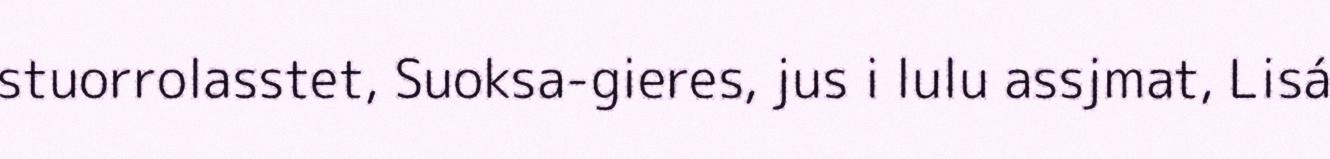
stuorrolasstet, Suoksa-gieres, jus i lulu assjmat, Lisá